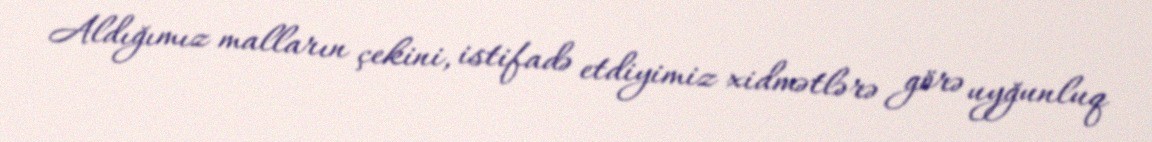
Aldığımız malların çekini, istifadə etdiyimiz xidmətlərə görə uyğunluq